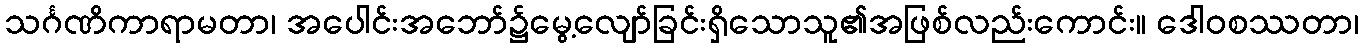
သင်္ဂဏိကာရာမတာ၊ အပေါင်းအဘော်၌မွေ့လျော်ခြင်းရှိသောသူ၏အဖြစ်လည်းကောင်း။ ဒေါဝစဿတာ၊